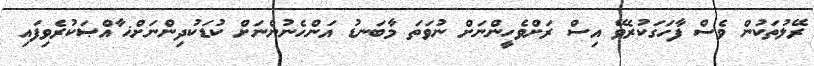
ރޭލުތަކުން ވެސް ފާހަގަކުރެވޭ އިސް ރަށްވެހީންނަށް ނުވަތަ މާބަނޑު އަންހެނުންނަށް ކުޑަކުދިންނަށްޚ ާއްޞަކުރެވިފައި